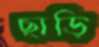
ছাড়ি